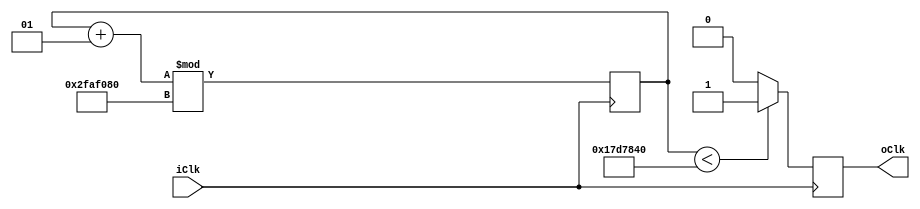
module frequence_divider(input iClk, output reg oClk);
	integer count;
	parameter RATE =  50000000 ;
	initial 
		count = 0;
	always @(posedge iClk)
		begin 
			if(count < RATE/2)
				oClk = 1;
			else
				oClk = 0;
			count = (count + 1) % RATE;
		end 
endmodule